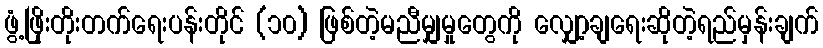
ဖွံ့ဖြိုးတိုးတက်ရေးပန်းတိုင် (၁၀) ဖြစ်တဲ့မညီမျှမှုတွေကို လျှော့ချရေးဆိုတဲ့ရည်မှန်းချက်